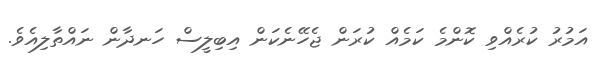
އަމުރު ކުރެއްވި ކޮންމެ ކަމެއް ކުރަން ޖެހޭނެކަން އިބިލީސް ހަނދާން ނައްތާލިއެވެ.